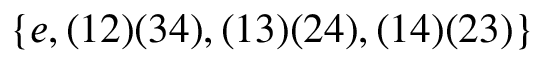
\{ e , ( 1 2 ) ( 3 4 ) , ( 1 3 ) ( 2 4 ) , ( 1 4 ) ( 2 3 ) \}